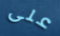
على